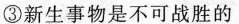
③新生事物是不可战胜的